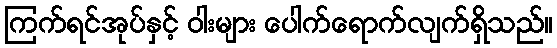
ကြက်ရင်အုပ်နှင့် ဝါးများ ပေါက်ရောက်လျက်ရှိသည်။